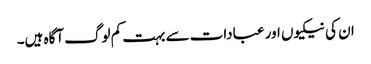
ان کی نیکیوں اور عبادات سے بہت کم لوگ آگاہ ہیں۔